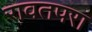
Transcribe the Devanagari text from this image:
रावतपरा